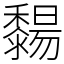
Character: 䵘